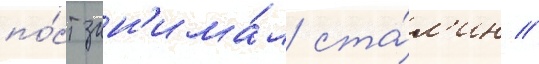
по́ст зан'има́л ста́л'ин //